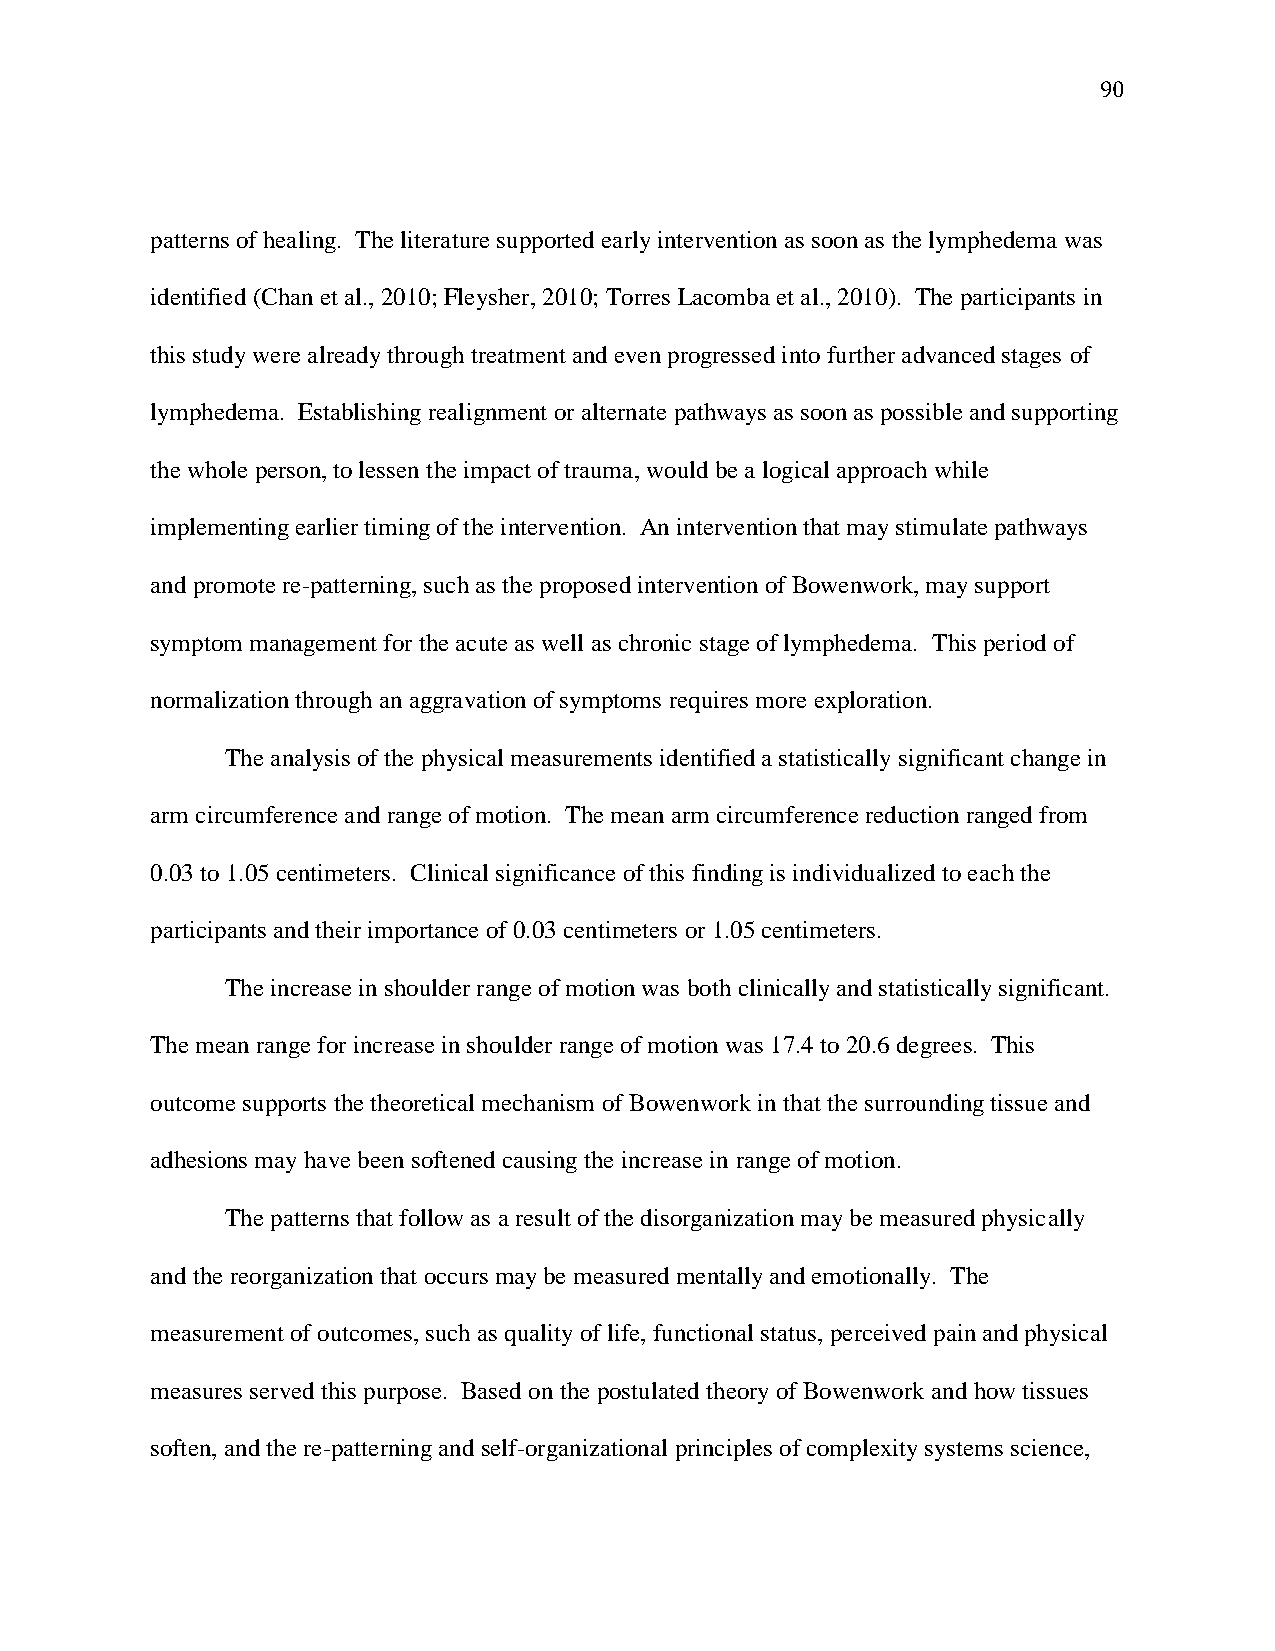
90
 patterns of healing. The literature supported early intervention as soon as the lymphedema was
 identified (Chan et al., 2010; Fleysher, 2010; Torres Lacomba et al., 2010). The participants in
 this study were already through treatment and even progressed into further advanced stages of
 lymphedema. Establishing realignment or alternate pathways as soon as possible and supporting
 the whole person, to lessen the impact of trauma, would be a logical approach while
 implementing earlier timing of the intervention. An intervention that may stimulate pathways
 and promote re-patterning, such as the proposed intervention of Bowenwork, may support
 symptom management for the acute as well as chronic stage of lymphedema. This period of
 normalization through an aggravation of symptoms requires more exploration.
 The analysis of the physical measurements identified a statistically significant change in
 arm circumference and range of motion. The mean arm circumference reduction ranged from
 0.03 to 1.05 centimeters. Clinical significance of this finding is individualized to each the
 participants and their importance of 0.03 centimeters or 1.05 centimeters.
 The increase in shoulder range of motion was both clinically and statistically significant.
 The mean range for increase in shoulder range of motion was 17.4 to 20.6 degrees. This
 outcome supports the theoretical mechanism of Bowenwork in that the surrounding tissue and
 adhesions may have been softened causing the increase in range of motion.
 The patterns that follow as a result of the disorganization may be measured physically
 and the reorganization that occurs may be measured mentally and emotionally. The
 measurement of outcomes, such as quality of life, functional status, perceived pain and physical
 measures served this purpose. Based on the postulated theory of Bowenwork and how tissues
 soften, and the re-patterning and self-organizational principles of complexity systems science,